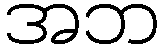
အဘ